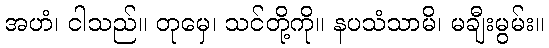
အဟံ၊ ငါသည်။ တုမှေ၊ သင်တို့ကို။ နပသံသာမိ၊ မချီးမွမ်း။